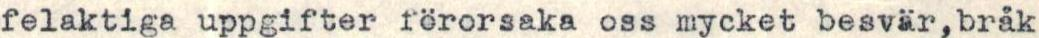
felaktiga uppgifter förorsaka oss mycket besvär,bråk